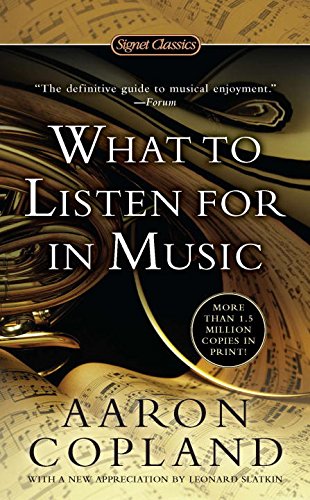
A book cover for What to Listen for in Music (Signet Classics); Aaron Copland; Humor & Entertainment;